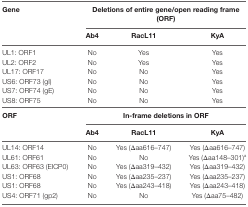
<table><thead><tr><td rowspan="2"><b>Gene</b></td><td colspan="3"><b>Deletions of entire gene/open reading frame (ORF)</b></td></tr><tr><td><b>Ab4</b></td><td><b>RacL11</b></td><td><b>KyA</b></td></tr></thead><tbody><tr><td>UL1: ORF1</td><td>No</td><td>Yes</td><td>Yes</td></tr><tr><td>UL2: ORF2</td><td>No</td><td>Yes</td><td>Yes</td></tr><tr><td>UL17: ORF17</td><td>No</td><td>No</td><td>Yes</td></tr><tr><td>US6: ORF73 (gI)</td><td>No</td><td>No</td><td>Yes</td></tr><tr><td>US7: ORF74 (gE)</td><td>No</td><td>No</td><td>Yes</td></tr><tr><td>US8: ORF75</td><td>No</td><td>No</td><td>Yes</td></tr><tr><td rowspan="2"><b>ORF</b></td><td colspan="3"><b>In-frame deletions in ORF</b></td></tr><tr><td><b>Ab4</b></td><td><b>RacL11</b></td><td><b>KyA</b></td></tr><tr><td>UL14: ORF14</td><td>No</td><td>Yes (Δaa616–747)</td><td>Yes (Δaa616–747)</td></tr><tr><td>UL61: ORF61</td><td>No</td><td>No</td><td>Yes (Δaa148–301)<sup>a</sup></td></tr><tr><td>UL63: ORF63 (EICP0)</td><td>No</td><td>Yes (Δaa319–432)</td><td>Yes (Δaa319–432)</td></tr><tr><td>US1: ORF68</td><td>No</td><td>Yes (Δaa235–237)</td><td>Yes (Δaa235–237)</td></tr><tr><td>US1: ORF68</td><td>No</td><td>Yes (Δaa243–418)</td><td>Yes (Δaa243–418)</td></tr><tr><td>US4: ORF71 (gp2)</td><td>No</td><td>No</td><td>Yes (Δaa75–482)</td></tr></tbody></table>